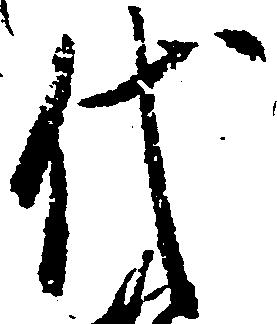
代